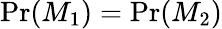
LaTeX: \operatorname*{Pr}(M_{1})=\operatorname*{Pr}(M_{2})